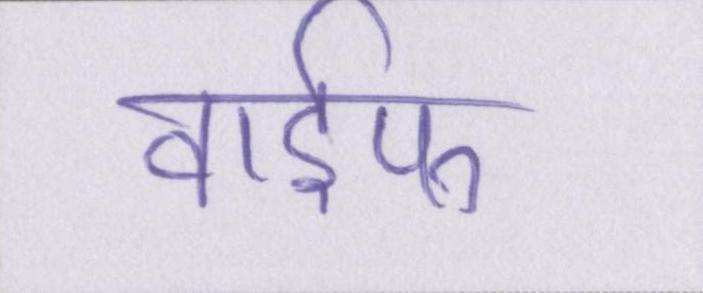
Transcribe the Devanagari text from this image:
वाईफ